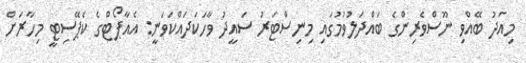
މިއަދު ބޭއްވި ނޫސްވެރިންގެ ބައްދަލުވުމުގައި މިނިސްޓަރު ސައީދު ވާހަކަދައްކަވަނީ: އެއާޕޯޓްގެ ކެޕޭސިޓީ މިހާރަށް